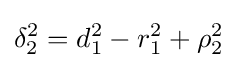
\delta _{2}^{2}=d_{1}^{2}-r_{1}^{2}+\rho _{2}^{2}